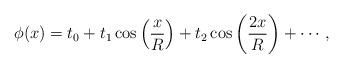
LaTeX: \begin{align*} \phi (x) = t_0 + t_1 \cos \left({\frac{x} {R}} \right) + t_2 \cos \left( {\frac{{2x}} {R}} \right)+ \cdots,\end{align*}